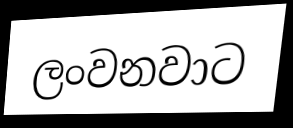
ලංවනවාට